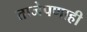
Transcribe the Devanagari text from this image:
ताजेपणाही